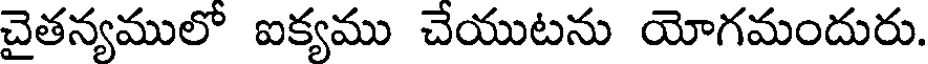
చైతన్యములో ఐక్యము చేయుటను యోగమందురు.